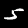
Label: 5